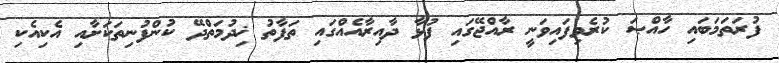
ފުރަތަމަބައި ހާއްޞަ ކުރެވިފައިވަނީ ރާއްޖޭގައި ފުޅާ ދާއިރާއެއްގައި ތަފާތު ޚިދުމަތްދޭ ކުންފުނިތަކަށާއި އެކިއެކި